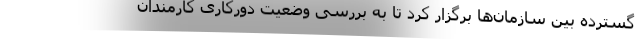
گسترده بین سازمان‌ها برگزار کرد تا به بررسی وضعیت دورکاری کارمندان